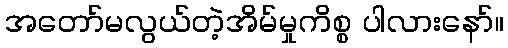
အတော်မလွယ်တဲ့အိမ်မှုကိစ္စ ပါလားနော်။